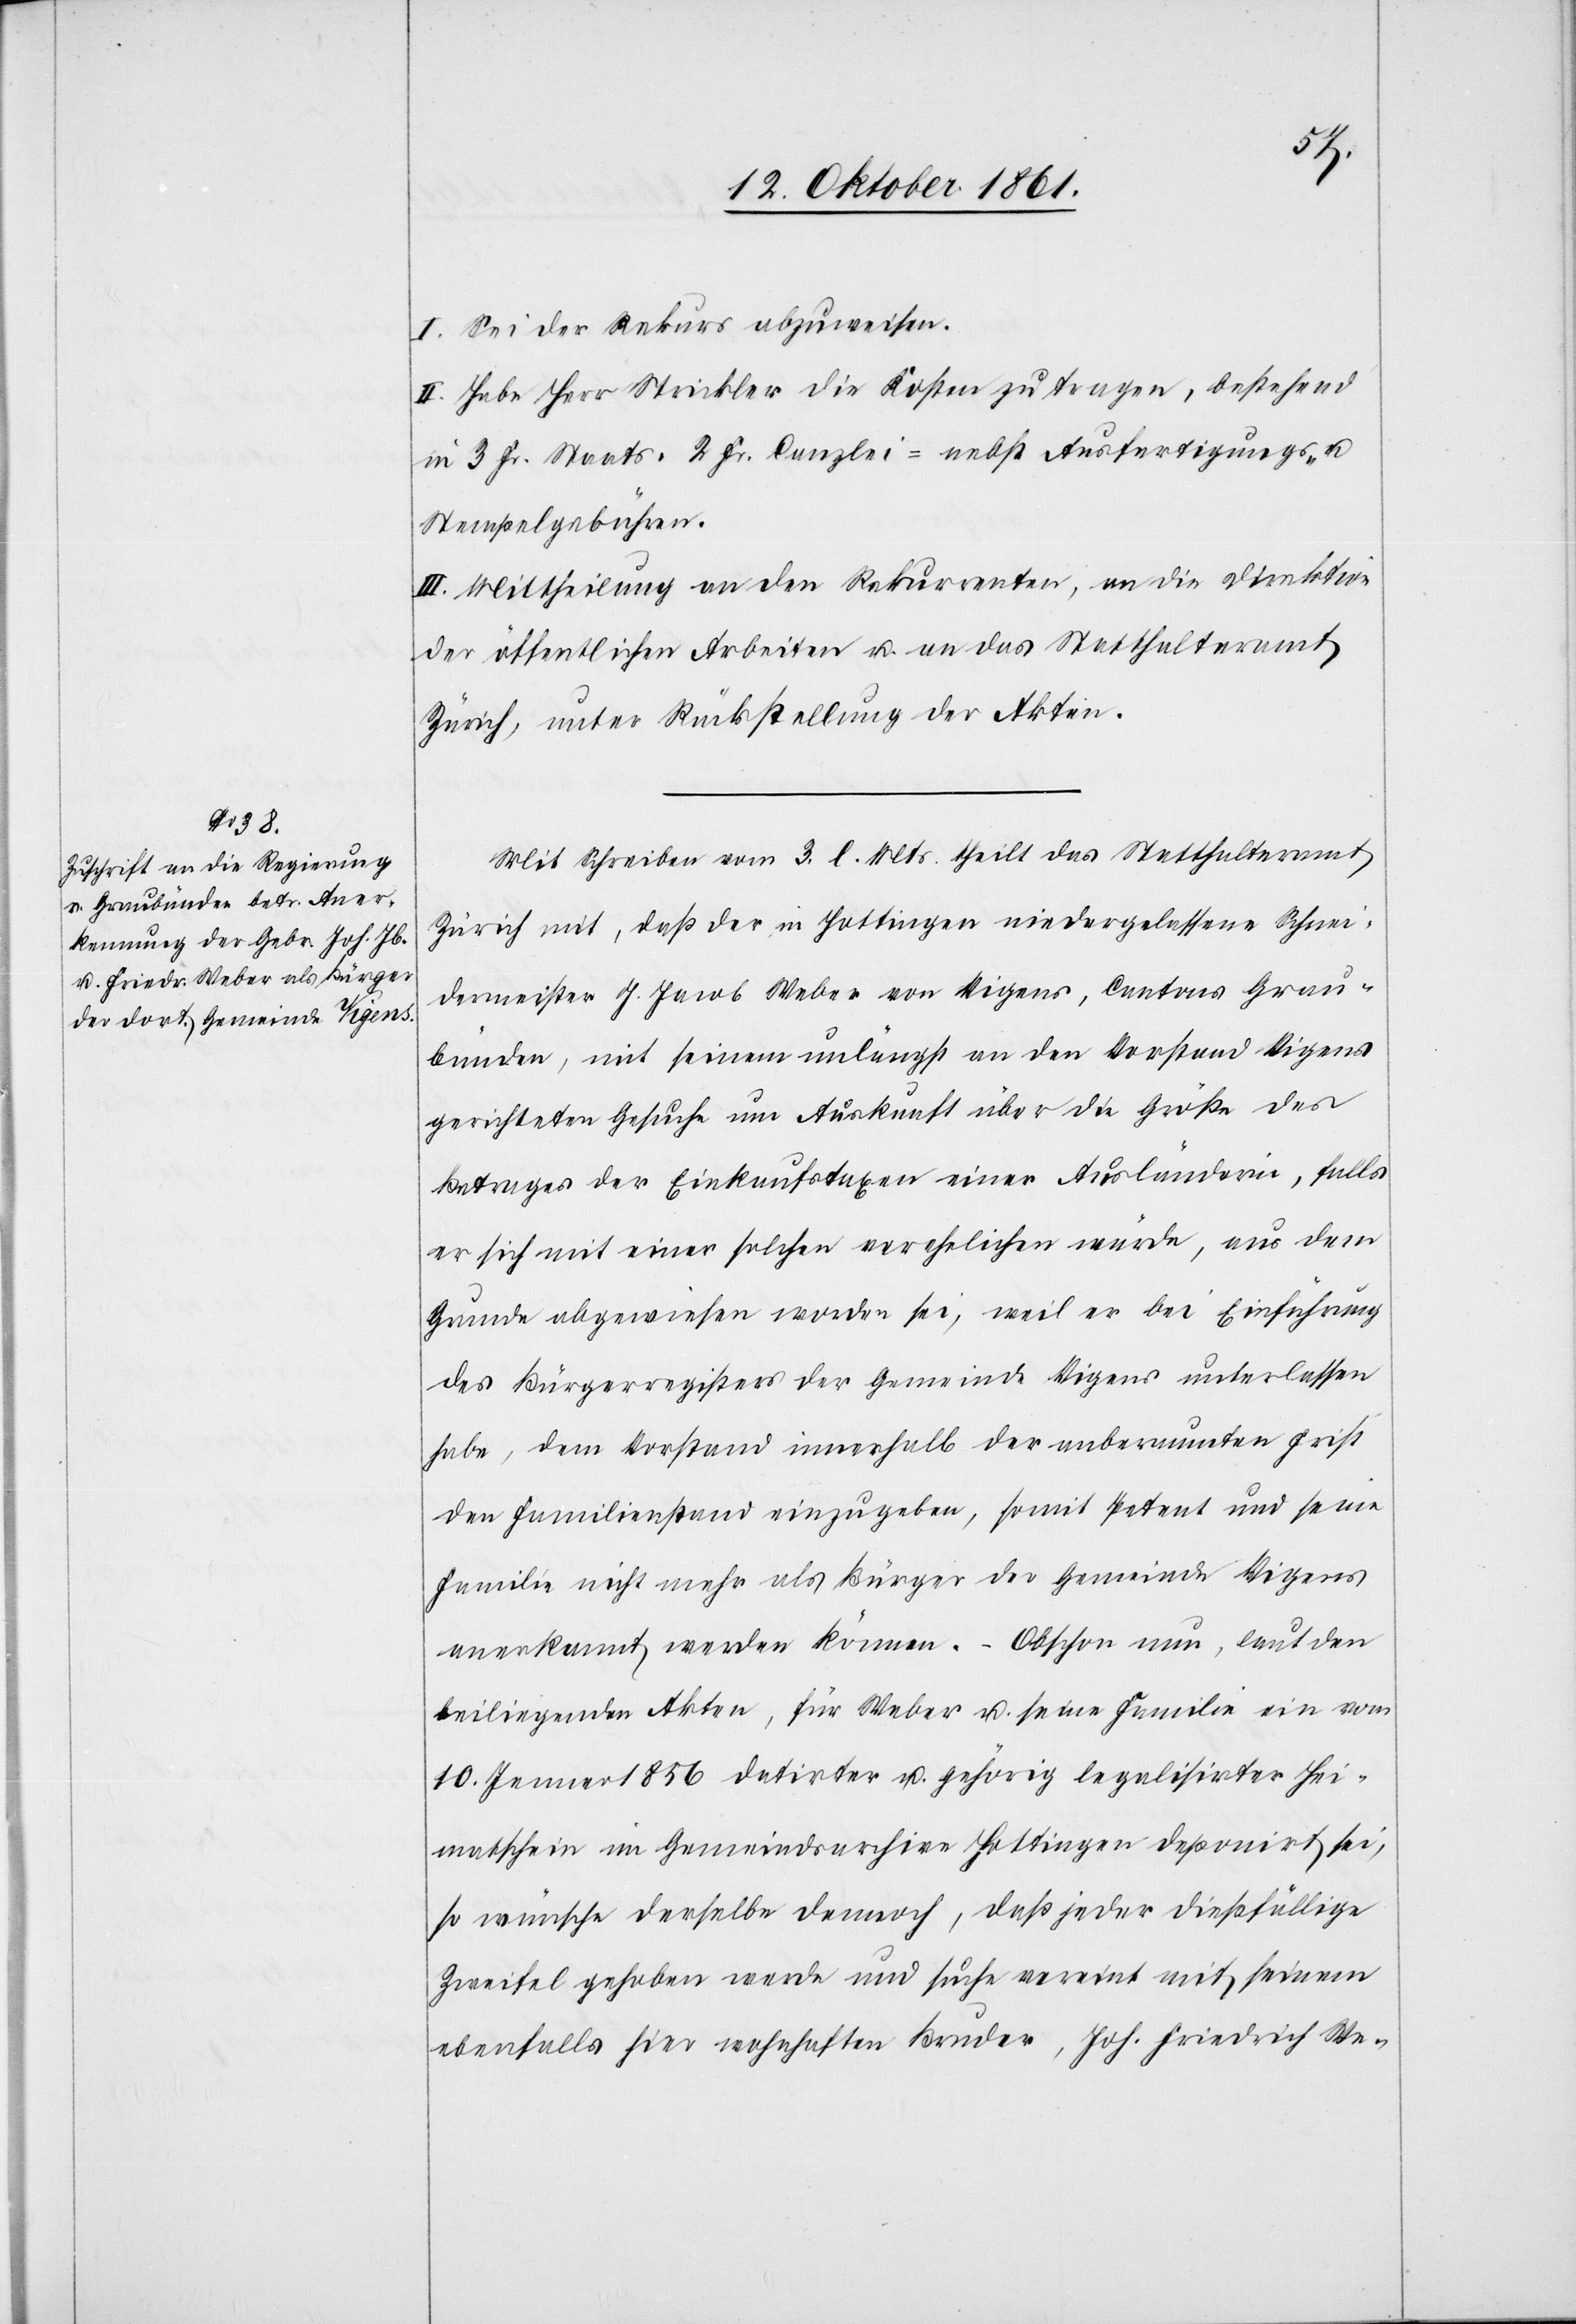
I. Sei der Rekurs abzuweisen.
II. Habe Herr Strickler die Kosten zu tragen, bestehend
in 3 Fr. Staats-[,] 2 Fr. Canzlei-[,] nebst Ausfertigungs-
Stempelgebühren.
III. Mittheilung an den Rekurrenten, an die Direktion
der öffentlichen Arbeiten u. an das Statthalteramt
Zürich, unter Rückstellung der Akten.
Mit Schreiben vom 3 l. Mts. theilt das Statthalteramt
Zürich mit, daß der in Hottingen niedergelassene Schnei¬
dermeister J. Jacob Weber von Vigens, Cantons Grau¬
bünden, mit seinem unlängst an den Vorstand Vigens
gerichteten Gesuche um Auskunft über die Größe des
Betrages der Einkaufstaxen einer Ausländerin, falls
er sich mit einer solchen verehelichen würde, aus dem
Grunde abgewiesen worden sei, weil er bei Einführung
des Bürgerregisters der Gemeinde Vigens unterlassen
habe, dem Vorstand innerhalb der anberaumten Frist
den Familienstand einzugeben, somit Petent und seine
Familie nicht mehr als Bürger der Gemeinde Vigens
anerkannt werden können. – Obschon nun, laut den
beiliegenden Akten, für Weber u. seine Familie ein vom
10 Januar 1856 datirter u. gehörig legalisierter Hei¬
matschein im Gemeindsarchive Hottingen deponirt sei,
so wünsche derselbe dennoch, daß jeder dießfällige
Zweifel gehoben werde und suche vereint mit seinem
ebenfalls hier wohnhaften Bruder, Joh. Friedrich We-